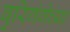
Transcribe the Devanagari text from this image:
बुरिगंगेच्या